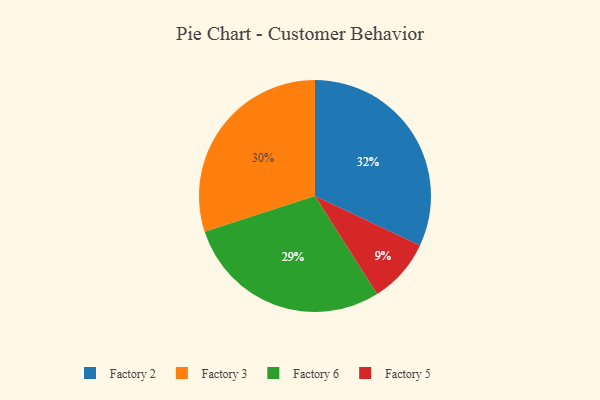
{"axis": {"x": "Category", "y": "Percentage"}, "legend": ["Factory 2", "Factory 3", "Factory 5", "Factory 6"], "data": [{"x": "Factory 5", "y": 9, "type": "Factory 5"}, {"x": "Factory 2", "y": 32, "type": "Factory 2"}, {"x": "Factory 3", "y": 30, "type": "Factory 3"}, {"x": "Factory 6", "y": 29, "type": "Factory 6"}]}